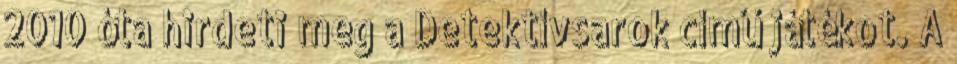
2010 óta hirdeti meg a Detektívsarok című játékot. A